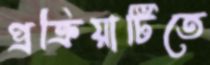
প্রক্রিয়াটিতে